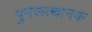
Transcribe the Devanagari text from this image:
पुनरूत्थानक